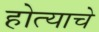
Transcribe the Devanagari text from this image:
होत्याचे